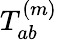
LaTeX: T_{ab}^{(m)}